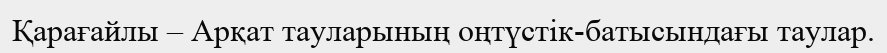
Қарағайлы – Арқат тауларының оңтүстік-батысындағы таулар.